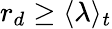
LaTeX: r_{d}\geq\langle\lambda\rangle_{t}